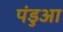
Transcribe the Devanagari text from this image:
पंडुआ